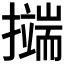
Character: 𭢺